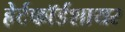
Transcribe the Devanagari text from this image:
हेर्टफाॅर्डशायर